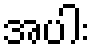
အပါး